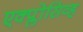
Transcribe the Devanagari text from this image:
एक्प्लोसिव्ह